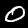
Digit: 0